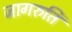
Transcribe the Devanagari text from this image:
जागरुति